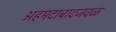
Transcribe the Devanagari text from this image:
अहमदाबादजवळ